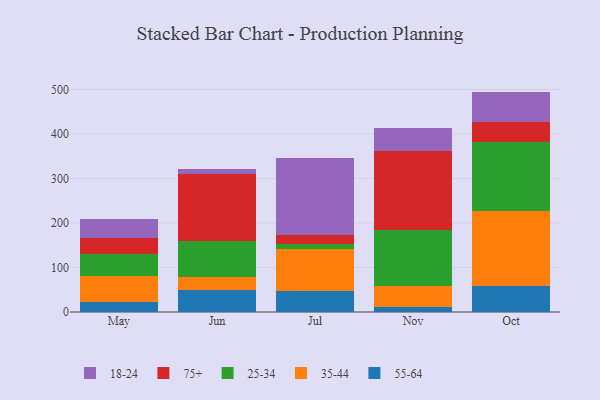
{"axis": {"x": "Month", "y": "Headcount"}, "legend": ["18-24", "25-34", "35-44", "55-64", "75+"], "data": [{"x": "May", "y": 22.5, "type": "55-64"}, {"x": "May", "y": 58.2, "type": "35-44"}, {"x": "May", "y": 50.5, "type": "25-34"}, {"x": "May", "y": 35.3, "type": "75+"}, {"x": "May", "y": 43.6, "type": "18-24"}, {"x": "Jun", "y": 48.4, "type": "55-64"}, {"x": "Jun", "y": 29.9, "type": "35-44"}, {"x": "Jun", "y": 80.4, "type": "25-34"}, {"x": "Jun", "y": 151.2, "type": "75+"}, {"x": "Jun", "y": 11.4, "type": "18-24"}, {"x": "Jul", "y": 47.1, "type": "55-64"}, {"x": "Jul", "y": 95.5, "type": "35-44"}, {"x": "Jul", "y": 10.5, "type": "25-34"}, {"x": "Jul", "y": 20.0, "type": "75+"}, {"x": "Jul", "y": 173.6, "type": "18-24"}, {"x": "Nov", "y": 11.0, "type": "55-64"}, {"x": "Nov", "y": 46.5, "type": "35-44"}, {"x": "Nov", "y": 127.6, "type": "25-34"}, {"x": "Nov", "y": 176.6, "type": "75+"}, {"x": "Nov", "y": 51.5, "type": "18-24"}, {"x": "Oct", "y": 57.7, "type": "55-64"}, {"x": "Oct", "y": 168.4, "type": "35-44"}, {"x": "Oct", "y": 157.0, "type": "25-34"}, {"x": "Oct", "y": 45.0, "type": "75+"}, {"x": "Oct", "y": 67.2, "type": "18-24"}]}